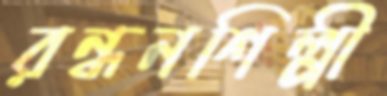
রন্ধনশিল্পী